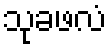
သုခဖလံ